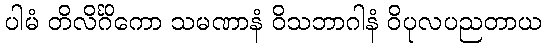
ပါမံ တိလိင်္ဂိကော သမဏာနံ ဝိသဘာဂါနံ ဝိပုလပညတာယ